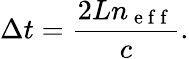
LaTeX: \Delta t=\frac{2Ln_{\mathrm{~e~f~f~}}}{c}.